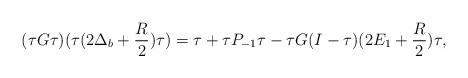
LaTeX: \begin{align*}(\tau G\tau)(\tau(2\Delta_b+\frac{R}{2})\tau)=\tau+\tau P_{-1}\tau-\tau G(I-\tau)(2E_1+\frac{R}{2})\tau,\end{align*}